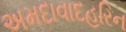
અમદાવાદહરિન